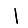
Digit: 1